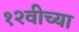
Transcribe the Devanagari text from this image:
१२वीच्या